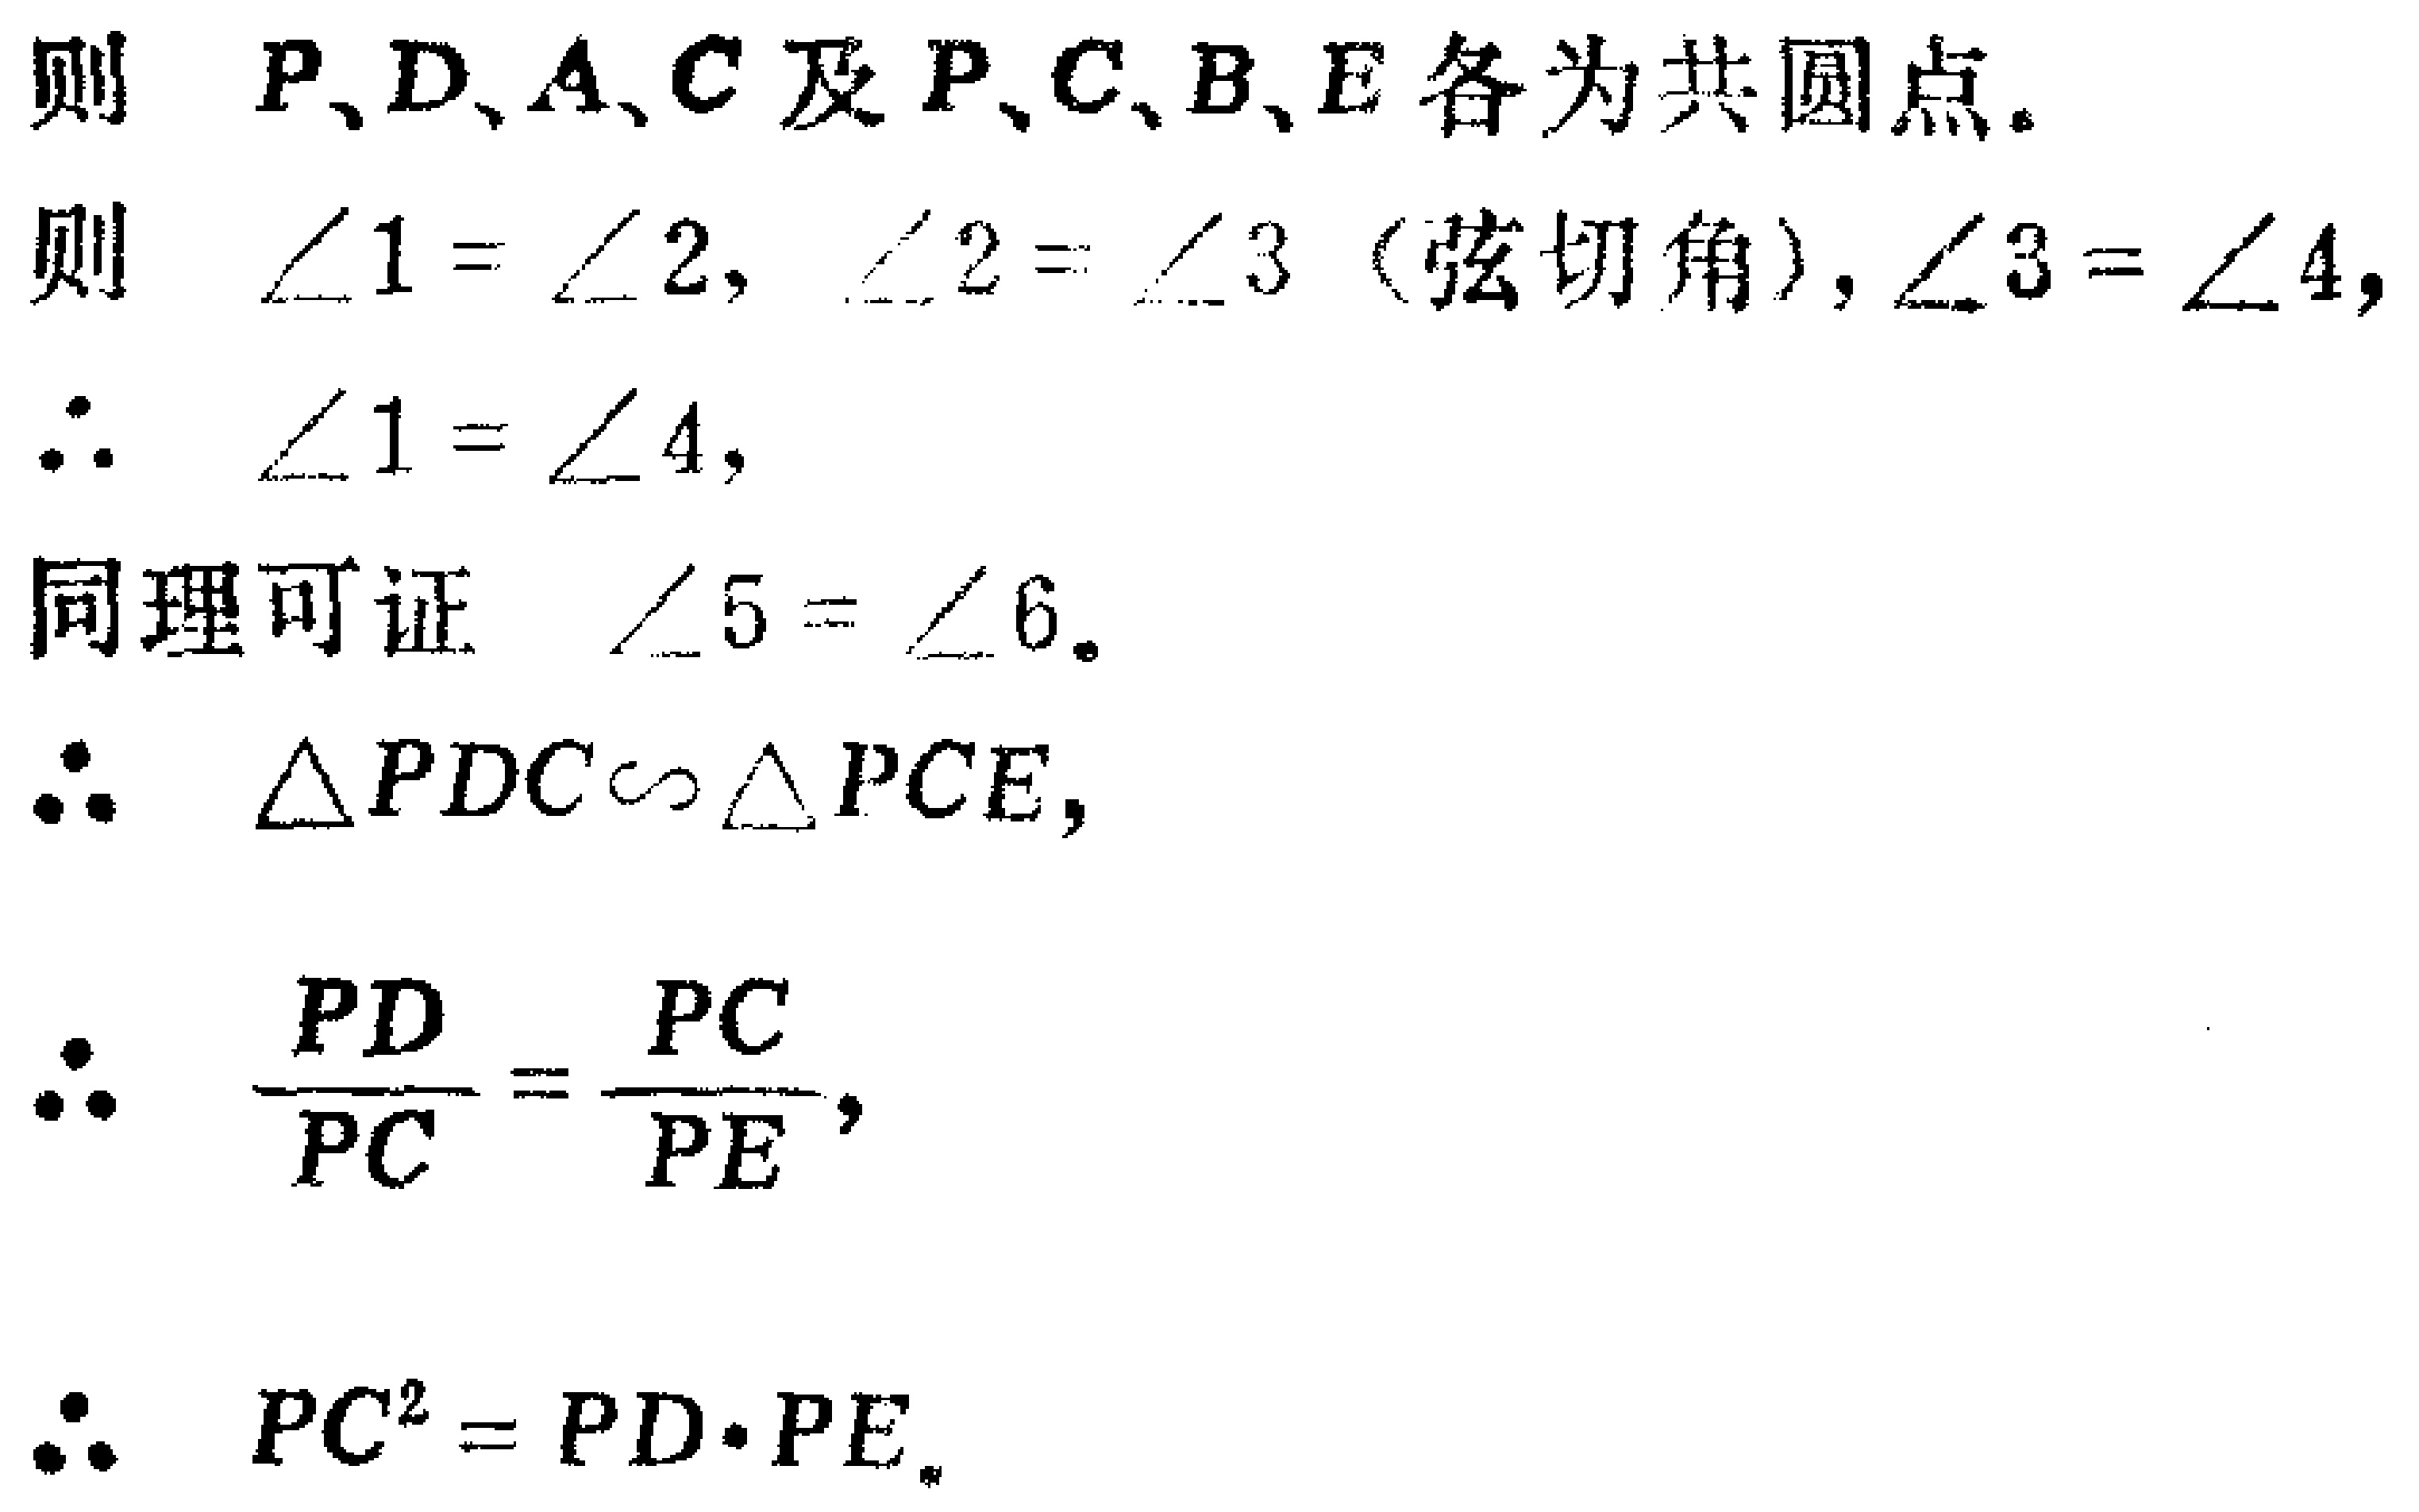
则 \(P、D、A、C\) 及 \(P、C、B、E\) 各为共圆点。
则 \(\angle 1 = \angle 2\)，\(\angle 2 = \angle 3\)（弦切角），\(\angle 3 = \angle 4\)，
\(\therefore\) \(\angle 1 = \angle 4\)，
同理可证 \(\angle 5 = \angle 6\)。
\(\therefore\) \(\triangle PDC\sim\triangle PCE\)，
\(\therefore\) \(\frac{PD}{PC}=\frac{PC}{PE}\)，
\(\therefore\) \(PC^{2}=PD\cdot PE\)。